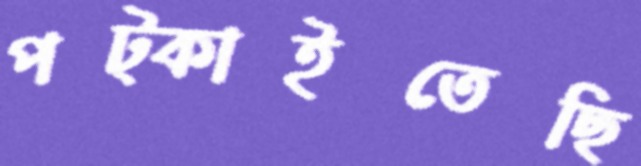
পট্‌কাইতেছি